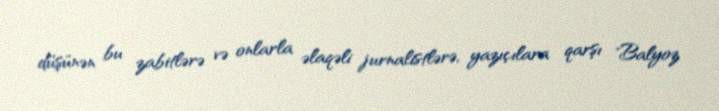
düşünən bu zabitlərə və onlarla əlaqəli jurnalistlərə, yazıçılara qarşı "Balyoz